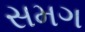
સમગ